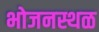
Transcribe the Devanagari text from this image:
भोजनस्थळ